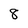
Character: 8